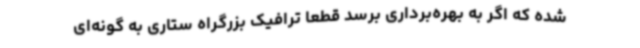
شده که اگر به بهره‌برداری برسد قطعا ترافیک بزرگراه ستاری به گونه‌ای